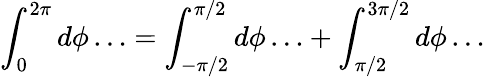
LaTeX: \int_{0}^{2\pi}d\phi\ldots=\int_{-\pi/2}^{\pi/2}d\phi\ldots+\int_{\pi/2}^{3\pi/2}d\phi\ldots